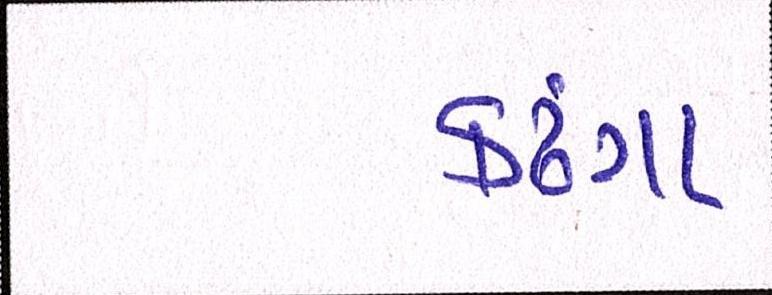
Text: કઢંગા